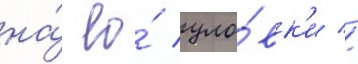
на́ ео́ уло́вк'и //